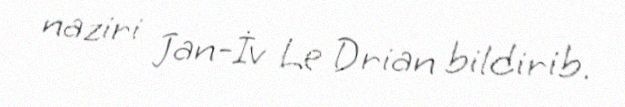
naziri Jan-İv Le Drian bildirib.